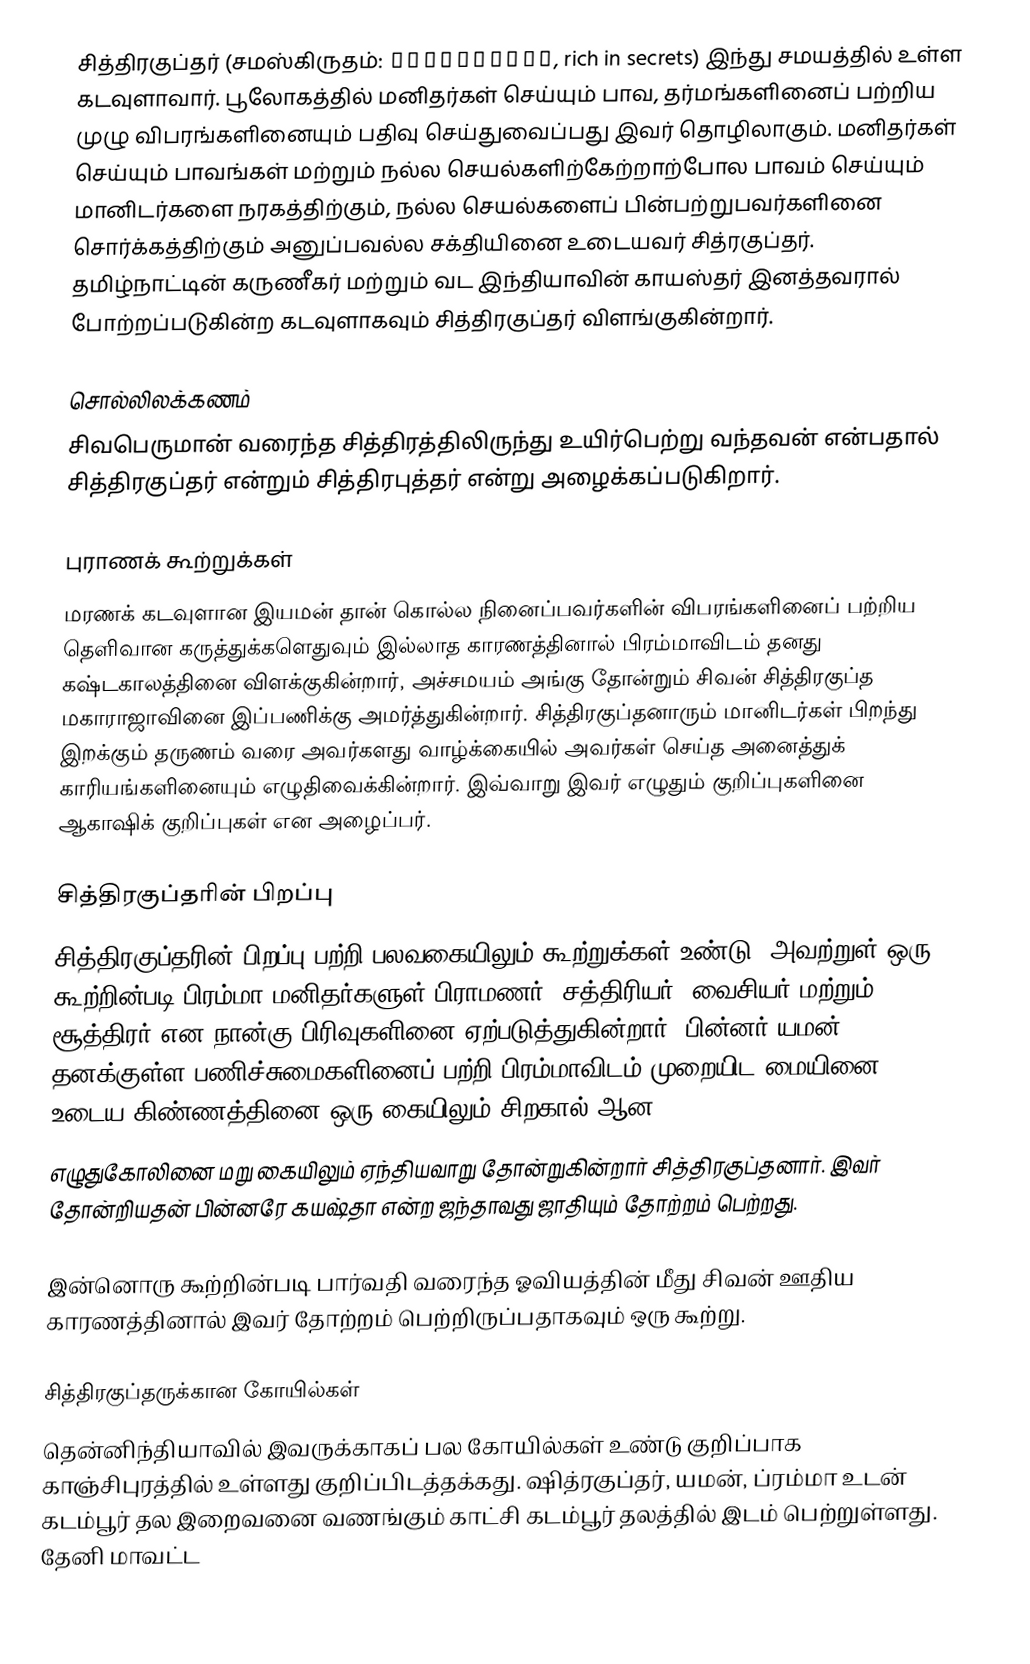
சித்திரகுப்தர் (சமஸ்கிருதம்: चित्रगुप्त, rich in secrets) இந்து சமயத்தில் உள்ள கடவுளாவார். பூலோகத்தில் மனிதர்கள் செய்யும் பாவ, தர்மங்களினைப் பற்றிய முழு விபரங்களினையும் பதிவு செய்துவைப்பது இவர் தொழிலாகும். மனிதர்கள் செய்யும் பாவங்கள் மற்றும் நல்ல செயல்களிற்கேற்றாற்போல பாவம் செய்யும் மானிடர்களை நரகத்திற்கும், நல்ல செயல்களைப் பின்பற்றுபவர்களினை சொர்க்கத்திற்கும் அனுப்பவல்ல சக்தியினை உடையவர் சித்ரகுப்தர். தமிழ்நாட்டின் கருணீகர் மற்றும் வட இந்தியாவின் காயஸ்தர் இனத்தவரால் போற்றப்படுகின்ற கடவுளாகவும் சித்திரகுப்தர் விளங்குகின்றார்.

சொல்லிலக்கணம்
சிவபெருமான் வரைந்த சித்திரத்திலிருந்து உயிர்பெற்று வந்தவன் என்பதால் சித்திரகுப்தர் என்றும் சித்திரபுத்தர் என்று அழைக்கப்படுகிறார்.

புராணக் கூற்றுக்கள்
மரணக் கடவுளான இயமன் தான் கொல்ல நினைப்பவர்களின் விபரங்களினைப் பற்றிய தெளிவான கருத்துக்களெதுவும் இல்லாத காரணத்தினால் பிரம்மாவிடம் தனது கஷ்டகாலத்தினை விளக்குகின்றார், அச்சமயம் அங்கு தோன்றும் சிவன் சித்திரகுப்த மகாராஜாவினை இப்பணிக்கு அமர்த்துகின்றார். சித்திரகுப்தனாரும் மானிடர்கள் பிறந்து இறக்கும் தருணம் வரை அவர்களது வாழ்க்கையில் அவர்கள் செய்த அனைத்துக் காரியங்களினையும் எழுதிவைக்கின்றார். இவ்வாறு இவர் எழுதும் குறிப்புகளினை ஆகாஷிக் குறிப்புகள் என அழைப்பர்.

சித்திரகுப்தரின் பிறப்பு
சித்திரகுப்தரின் பிறப்பு பற்றி பலவகையிலும் கூற்றுக்கள் உண்டு; அவற்றுள் ஒரு கூற்றின்படி பிரம்மா மனிதர்களுள் பிராமணர், சத்திரியர், வைசியர் மற்றும் சூத்திரர் என நான்கு பிரிவுகளினை ஏற்படுத்துகின்றார். பின்னர் யமன் தனக்குள்ள பணிச்சுமைகளினைப் பற்றி பிரம்மாவிடம் முறையிட மையினை உடைய கிண்ணத்தினை ஒரு கையிலும் சிறகால் ஆன
எழுதுகோலினை மறு கையிலும் ஏந்தியவாறு தோன்றுகின்றார் சித்திரகுப்தனார். இவர் தோன்றியதன் பின்னரே கயஷ்தா என்ற ஜந்தாவது ஜாதியும் தோற்றம் பெற்றது.

இன்னொரு கூற்றின்படி பார்வதி வரைந்த ஓவியத்தின் மீது சிவன் ஊதிய காரணத்தினால் இவர் தோற்றம் பெற்றிருப்பதாகவும் ஒரு கூற்று.

சித்திரகுப்தருக்கான கோயில்கள்
தென்னிந்தியாவில் இவருக்காகப் பல கோயில்கள் உண்டு குறிப்பாக காஞ்சிபுரத்தில் உள்ளது குறிப்பிடத்தக்கது. ஷித்ரகுப்தர், யமன், ப்ரம்மா உடன் கடம்பூர் தல இறைவனை வணங்கும் காட்சி கடம்பூர் தலத்தில் இடம் பெற்றுள்ளது. தேனி மாவட்ட